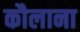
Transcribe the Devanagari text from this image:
कौलाना